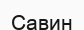
Савин